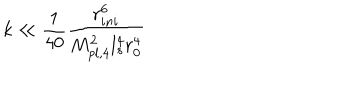
k \ll \frac { 1 } { 4 0 } \frac { r _ { i n i } ^ { 6 } } { M _ { p l , 4 } ^ { 2 } l _ { s } ^ { 4 } r _ { 0 } ^ { 4 } }